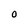
Character: 0